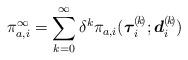
LaTeX: \begin{align*}\pi^{\infty}_{a,i} = \sum_{k=0}^{\infty}{ \delta^k{\pi_{a,i}(\boldsymbol{\tau}_i^{(\!k\!)}; \boldsymbol{d}_i^{(\!k\!)})} } \end{align*}